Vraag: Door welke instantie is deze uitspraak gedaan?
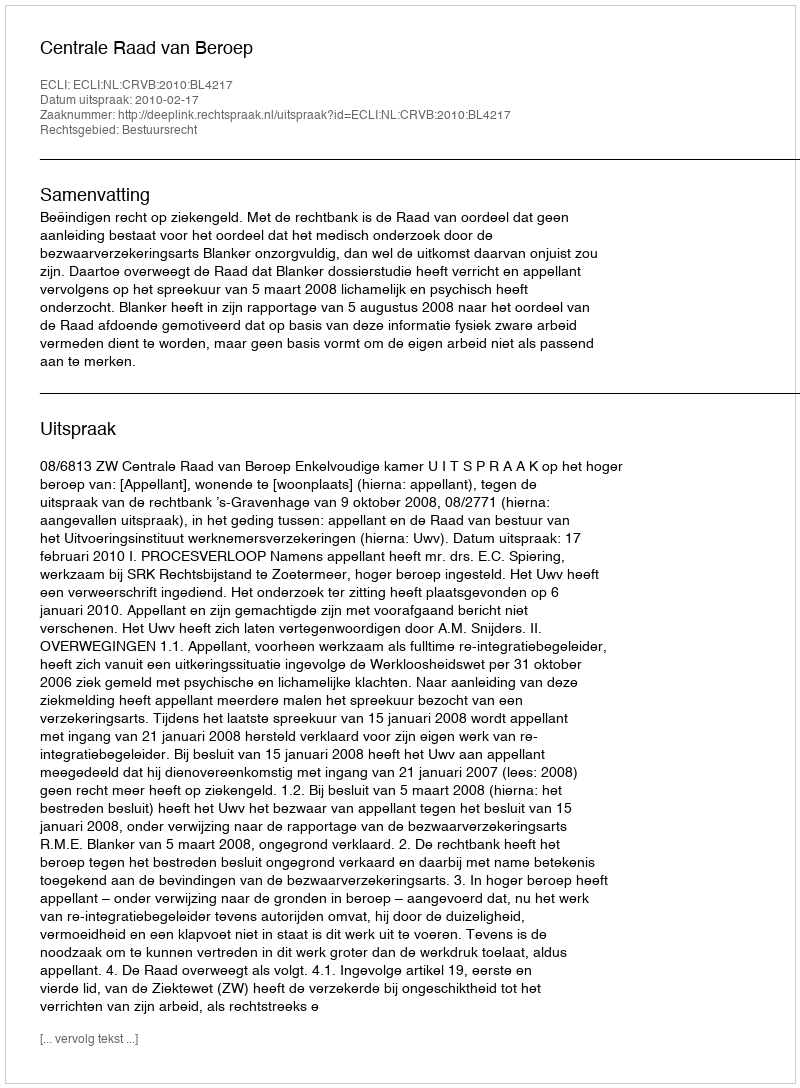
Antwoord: Centrale Raad van Beroep